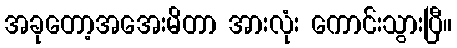
အခုတော့အအေးမိတာ အားလုံး ကောင်းသွားပြီ။